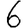
Digit: 6